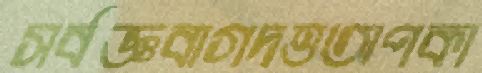
সর্বজ্ঞবাগদত্তঅপকা